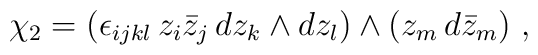
\chi_2 = (\epsilon_{ijkl} \, z_i \bar{z}_j \, dz_k \wedge dz_l)\wedge (z_m \, d\bar{z}_m) \ ,